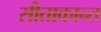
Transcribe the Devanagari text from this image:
सीताकान्त